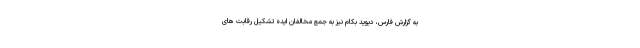
به گزارش فارس، دیوید بکام نیز به جمع مخالفان ایده تشکیل رقابت های